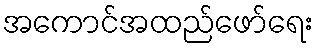
အကောင်အထည်ဖော်ရေး